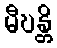
မီဎန္တိ